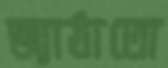
জ্যাঠাতো